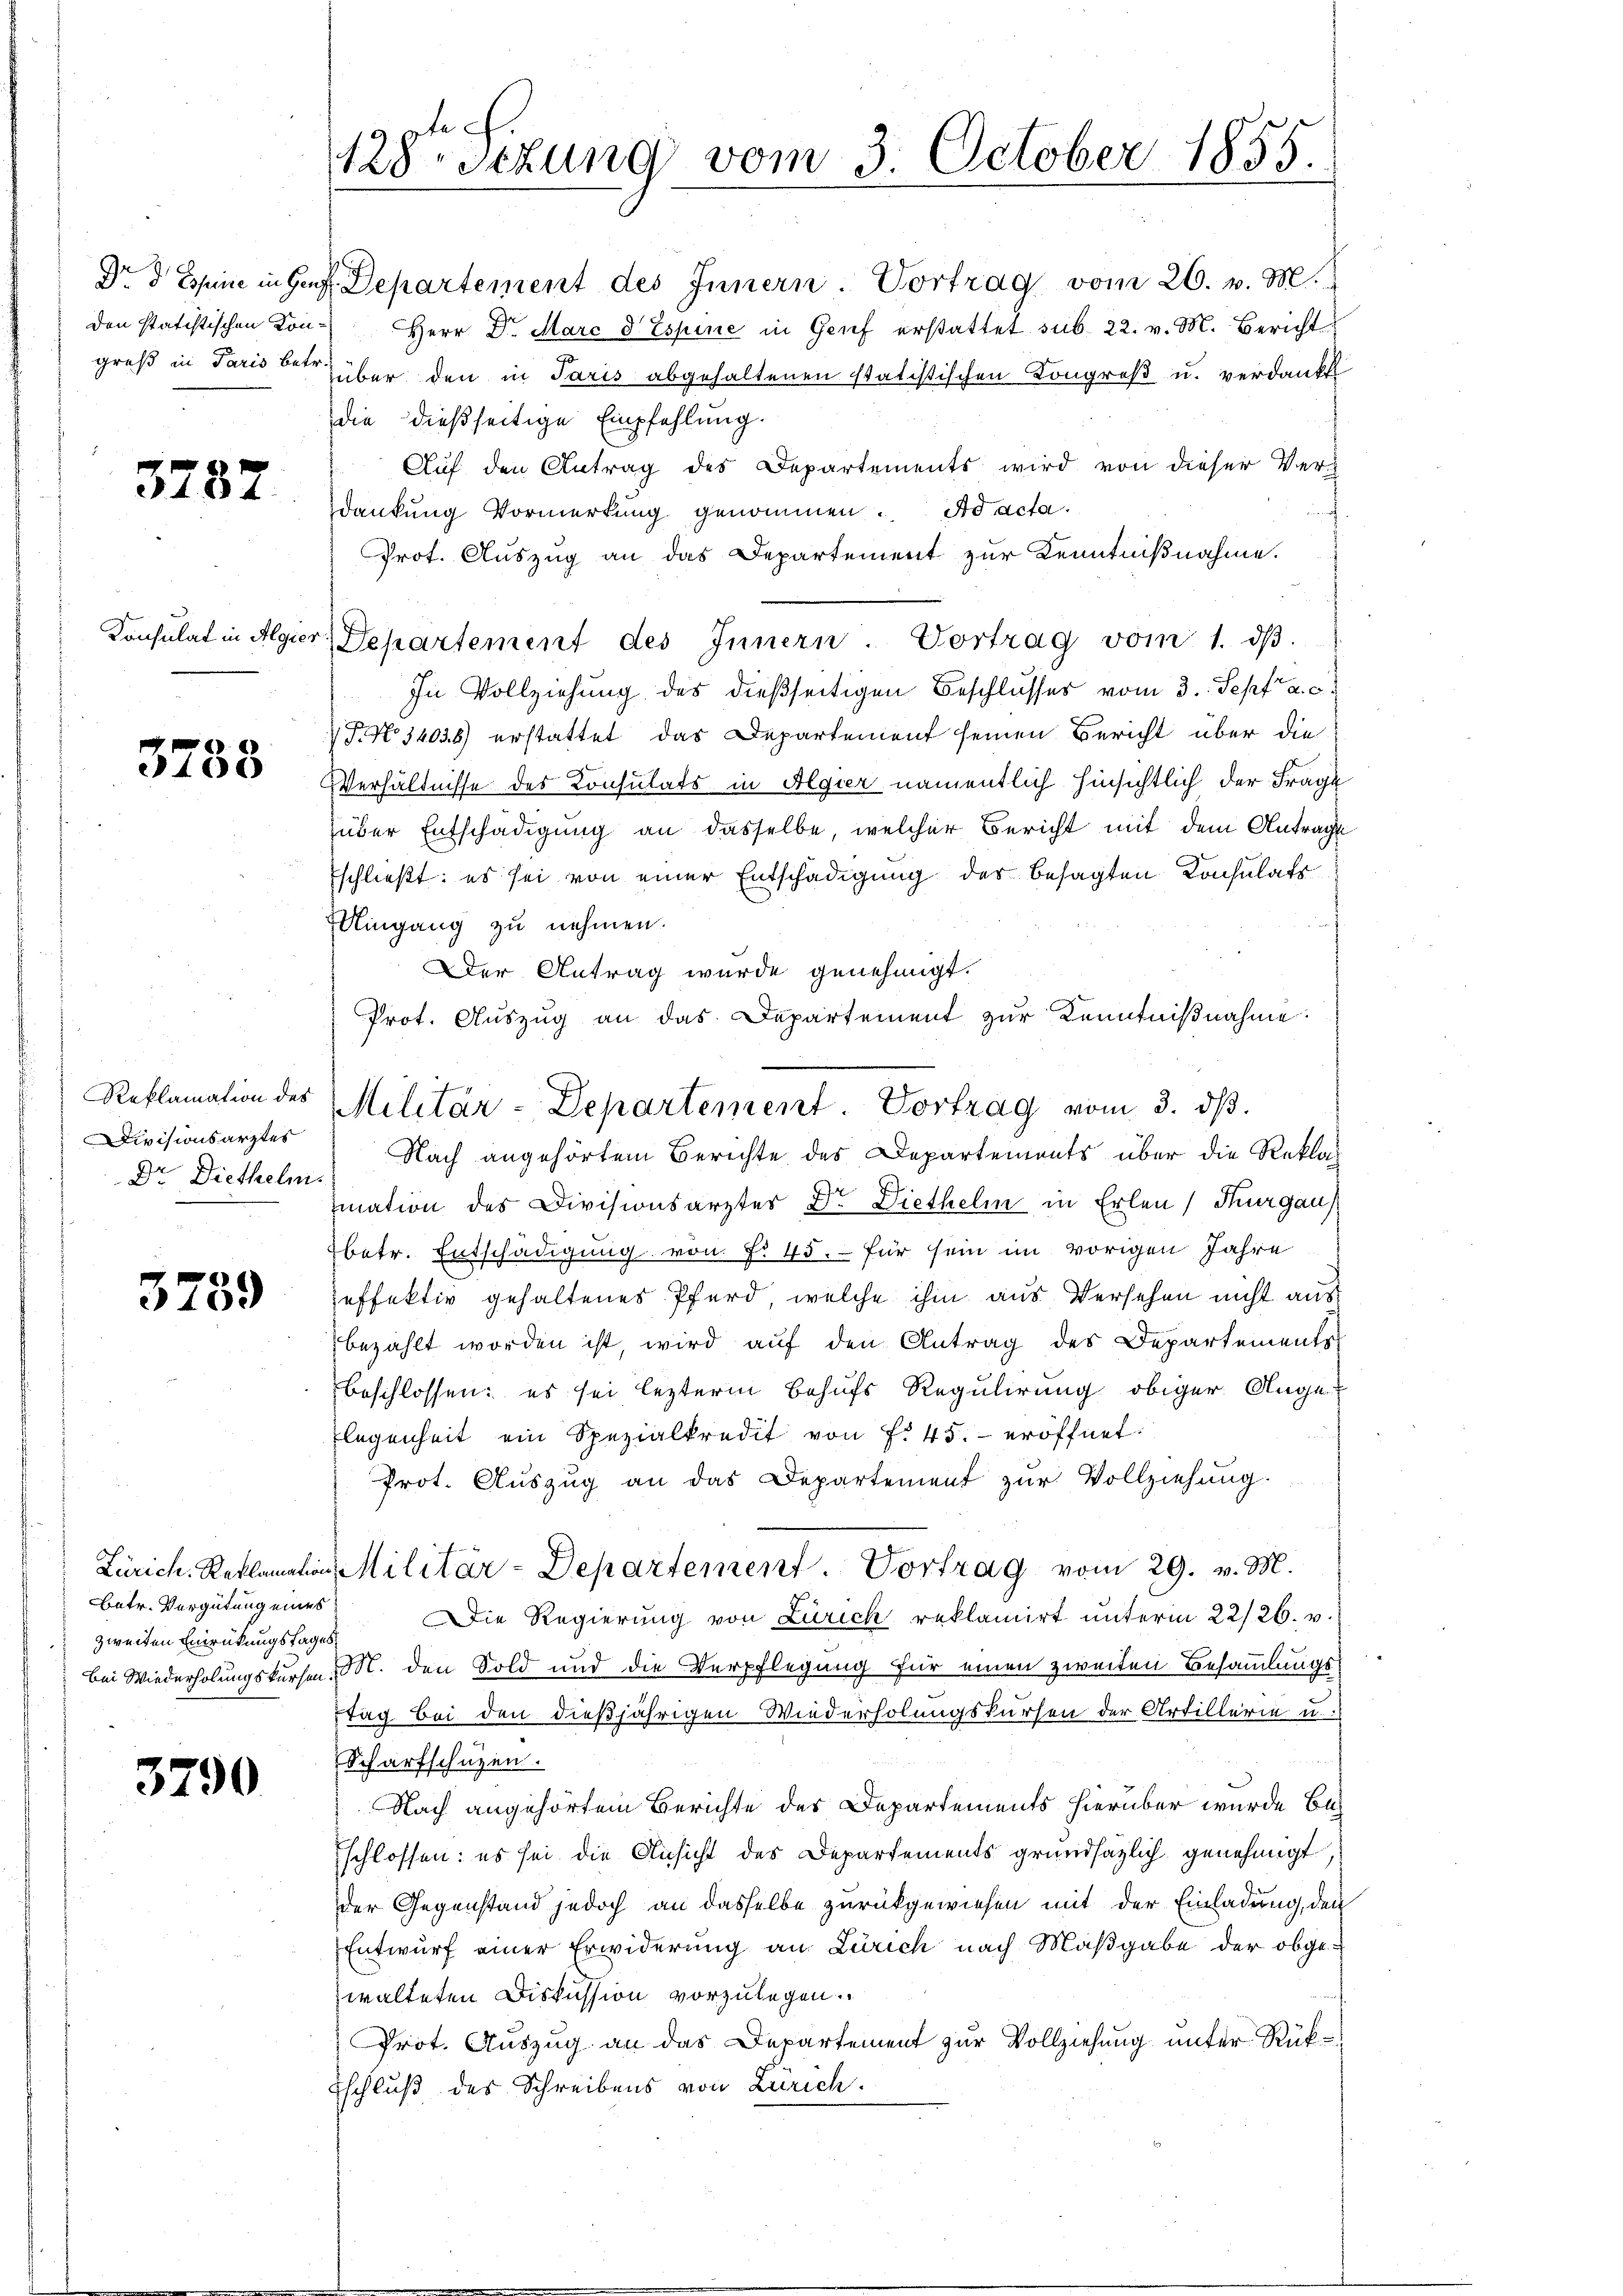
Den statistischen Kon-

3287

Konsulat in Algier

3788

Reklamation des
Divisionsarztes
Dr Diethelm.

3759

Batr. Vergütung eines

3790

lech
128sezung vom 3. October 1855.
e

Dr. d. Jenne in Genf. Departement des Innern. Vortrag vom 26. v. M.
Herr Dr. Marc d Espine in Genf erstattet sub. 22. v. M. Bericht
greß in Paris betrüber den in Paris abgehaltenen statistischen Kongreß u. verdankt
die dießseitige Empfehlung.
Auf den Antrag des Departements wird von dieser Verdankung Vormerkung genommen. Ad acta.
Prot. Auszug an das Departement zur Kenntnißnahme.

Departement des Innern. Vortrag vom 1. dβ.
In Vollziehung des dießseitigen Beschlusses vom 3. Sept. a. c.
 P. No 14036) erstattet das Departement seinen Bericht über die
Verhältnisse des Konsulats in Algier namentlich hinsichtlich der Frage
über Entschädigung an dasselbe, welcher Bericht mit dem Antrage
schließt: es sei von einer Entschädigung der besagten Konsulats
Uingang zu nehmen.
Der Antrag wurde genehmigt.
Prot. Auszug an das Departement zur Kenntnißnahme.
Nach angehörtem Berichte des Departements über die Rekla
mation des Divisionsarzter Dr. Diethelm in Erlen Kurgaus
Ebetr. Entschädigung von f. 45.- für sein im vorigen Jahre
effektiv gehaltenes Pferd, welche ihm aus Versehen nicht aus
bezahlt worden ist, wird auf den Antrag des Departements
beschlossen: es sei lezterm Behufs Regulirung obiger Ange
legenheit ein Spezialkredit von f. 45. eröffnet.
Prot. Auszug an das Departement zur Vollziehung.
Zürich. Reklamation Militär-Departement. Vortrag vom 29. v. M.
 zweiten Einrückungsfages Die Regierŭng von Zürich reklamirt ŭnterm 22/26. v.
bei Wiederholungskurse, M. den Sold und die Verpflegung für einen zweiten Besammlungsstag bei den dießjährigen Wiederholungskursen der Artillerie u.
Scharfschuzen.
Nach angehörtem Berichte des Departements hierüber wurde beschlossen: es sei die Ansicht des Departements grundsätzlich genehmigt,
der Gegenstand jedoch an dasselbe zurückgewiesen mit der Einladung, den
Entwurf einer Erwiderung an Zürich nach Maßgabe der obgezwalteten Diskussion vorzulegen.
Prot. Auszug an das Departement zur Vollziehung unter Rük¬
Eschluß des Schreibens von Zürich.

Militär-Departement. Vortrag vom 3. ds.